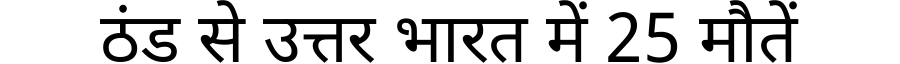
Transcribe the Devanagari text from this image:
ठंड से उत्तर भारत में 25 मौतें